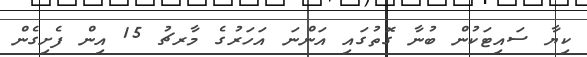
ކިޔާ ސައިޓަކުން ބުނާ ގޮތުގައި އަންނަ އަހަރުގެ މާރޗު 15 އިން ފެށިގެން